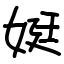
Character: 娗